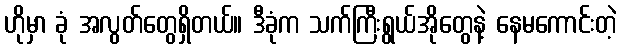
ဟိုမှာ ခုံ အလွတ်တွေရှိတယ်။ ဒီခုံက သက်ကြီးရွယ်အိုတွေနဲ့ နေမကောင်းတဲ့